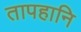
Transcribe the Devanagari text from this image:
तापहानि